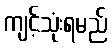
ကျင့်သုံးရမည်